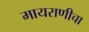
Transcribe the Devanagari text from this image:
मायराणीचा